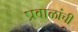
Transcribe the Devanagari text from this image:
प्रवाळांची